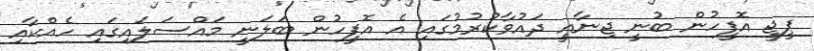
ޕީޖީ އޮފީހުން ބުނީ ޖިނާއީ ދައުވާކުރުމުގައި އެ އޮފީހުން ބަލަނީ މައްސަލައިގައި ހެއްކާއި